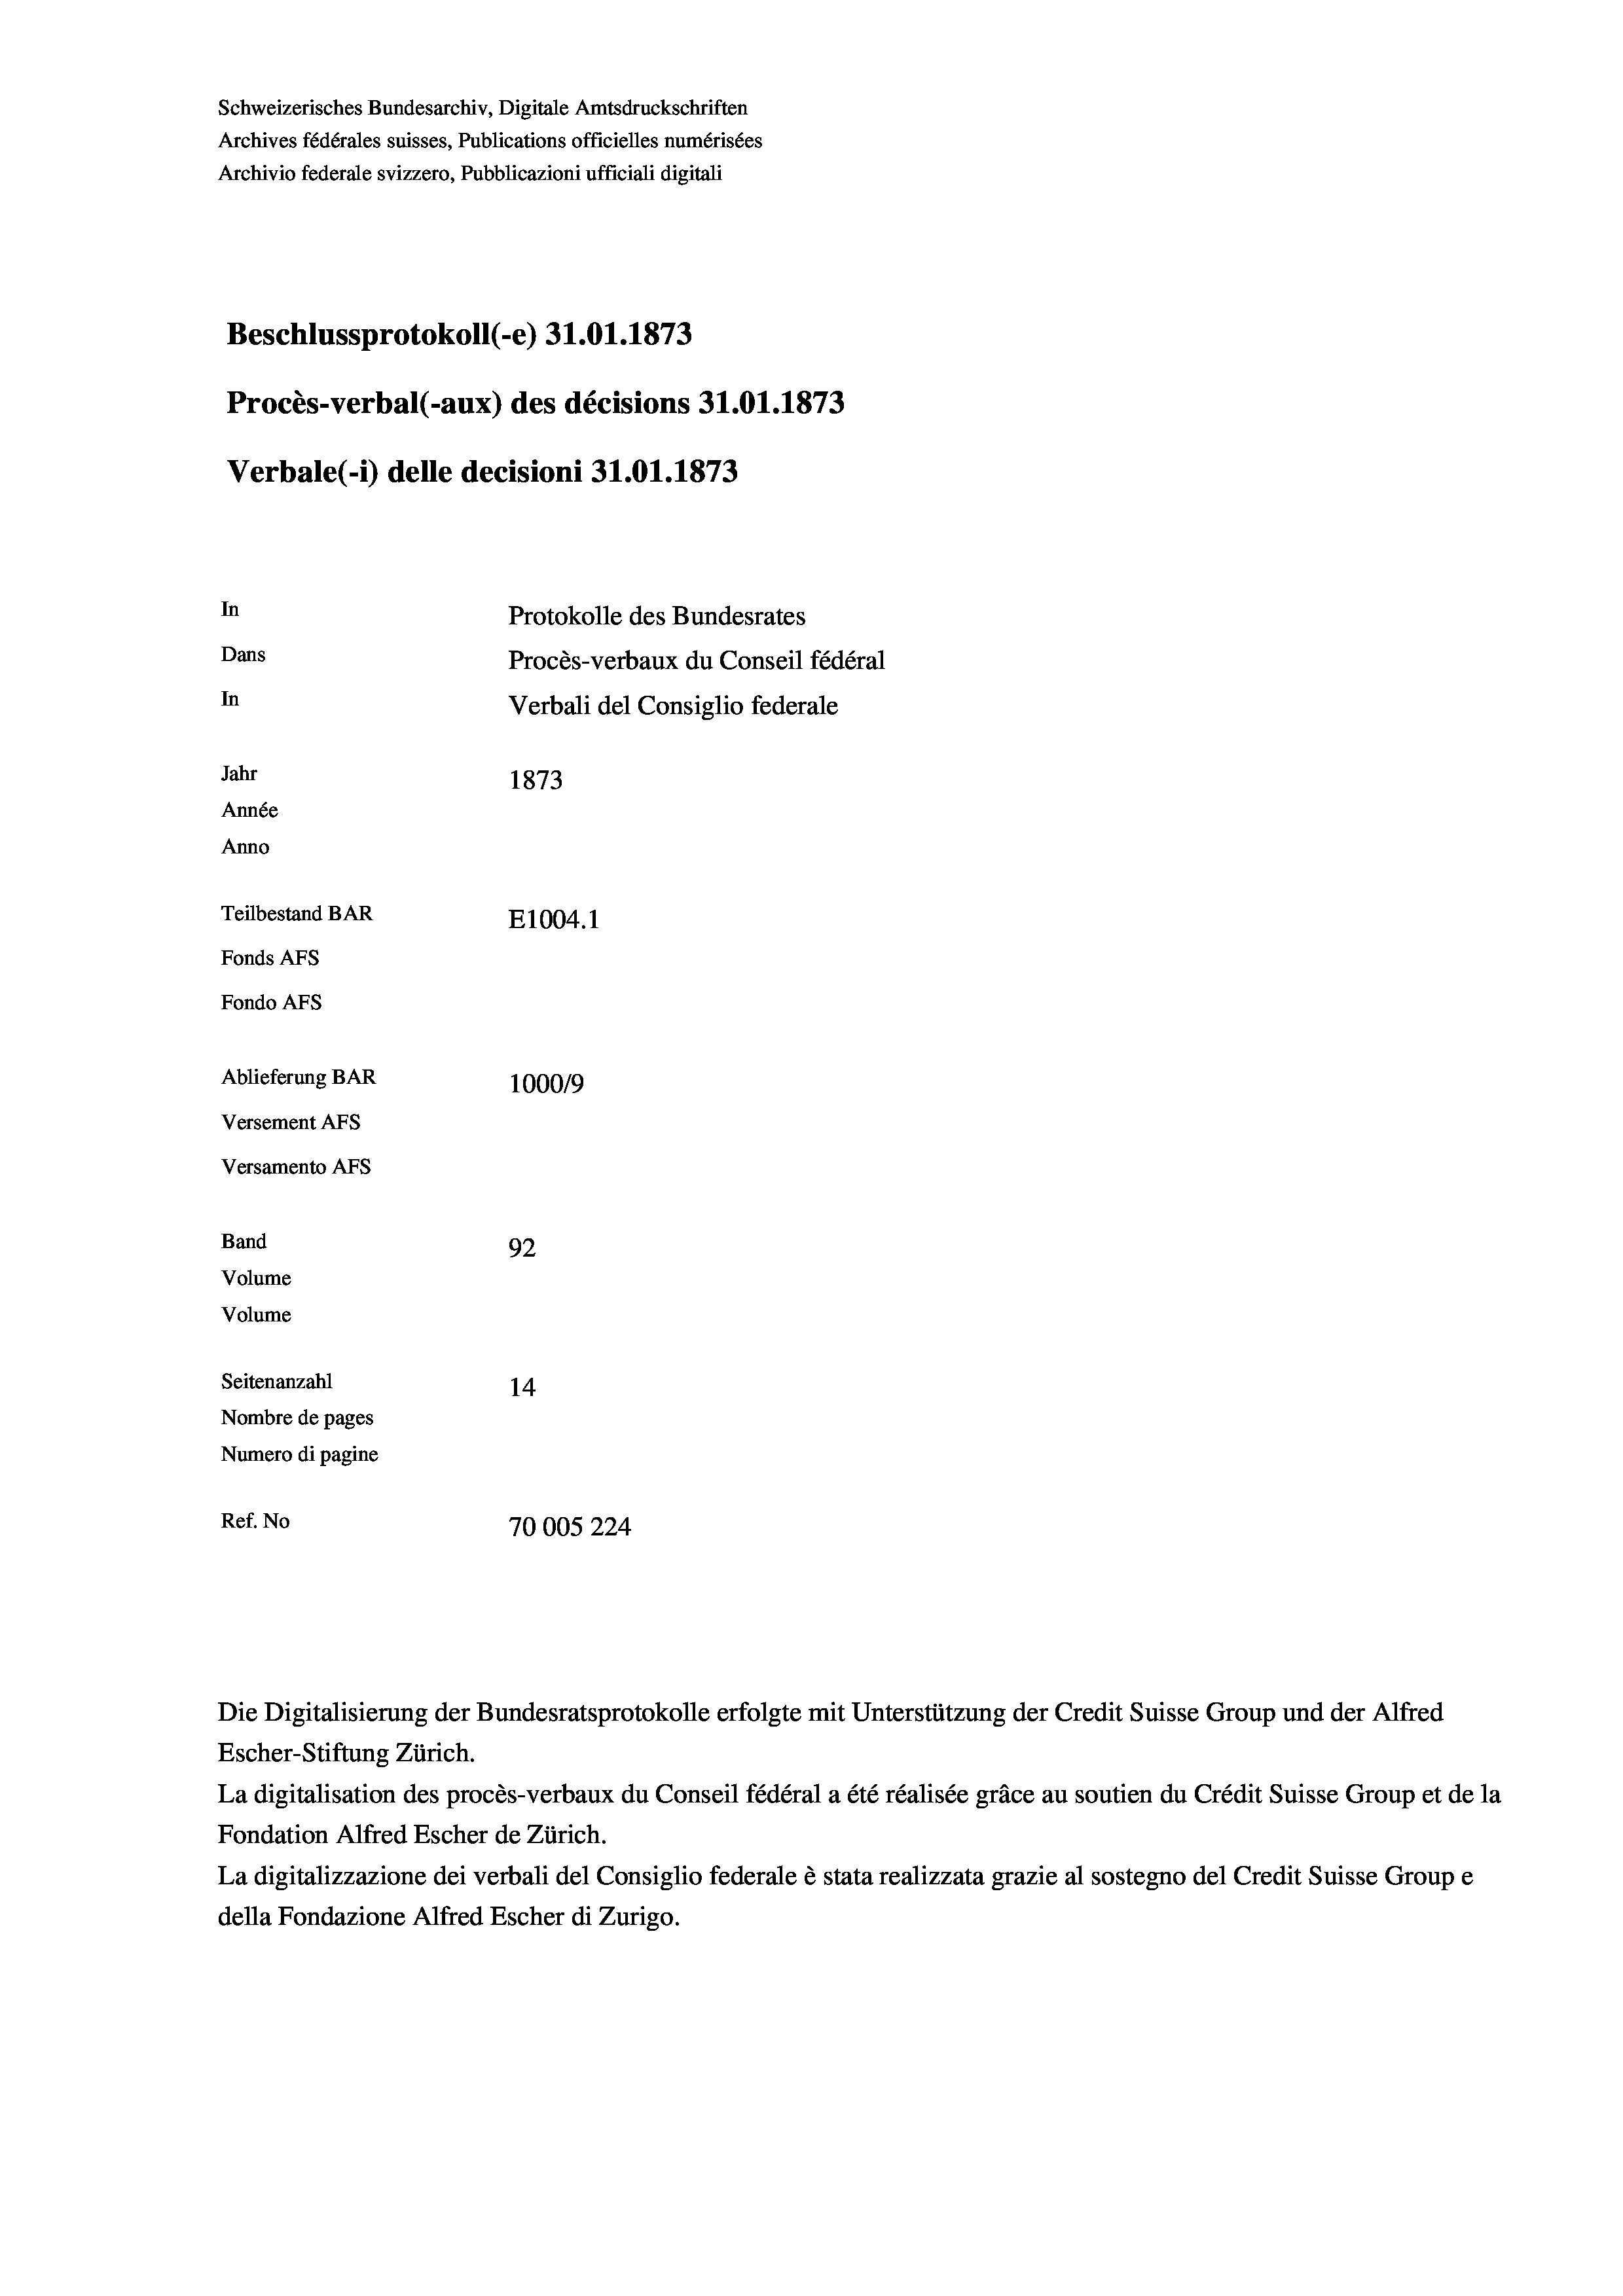
Schweizerisches Bundesarchiv, Digitale Amtsdruckschriften
Archives fédérales suisses, Publications officielles numérisées
Archivio federale svizzero, Pubblicazioni ufficiali digitali
Beschlussprotokoll (-e) 31.01. 1873
Procès-verbal (-aux) des décisions 31.01.1873
Verbale(-*) delle decisioni 31.01. 1873
In
Protokolle des Bundesrates
Dans
Procès-verbaux du Conseil fédéral
In
Verbali del Consiglio federale
Jahr
1873
Année
Anno
Teilbestand BAR
E1004.1
Fonds AFs
Fondo AFs

Ablieferung BAR
Versement AFS
Versamento AFs
Band
92
Volume
Volume
Seitenanzahl

100019
14
Nombre de pages
Numero di pagine
Ref. No
70005224

La digitalisation des procès-verbaux du Conseil fédéral a été réalisée gräce au soutien du Crédit Suisse Group et de la
Fondation Alfred Escher de Zürich.
La digitalizzazione dei verbali del Consiglio federale è stata realizzata grazie al sostegno del Credit Suisse Groupe
della Fondazione Alfred Escher di Zurigo.

Die Digitalisierung der Bundesratsprotokolle erfolgte mit Unterstützung der Credit Suisse Group und der Alfred
Escher-Stiftung Zürich.